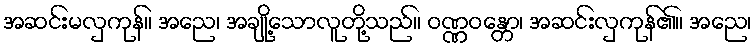
အဆင်းမလှကုန်။ အညေ၊ အချို့သောလူတို့သည်။ ဝဏ္ဏဝန္တော၊ အဆင်းလှကုန်၏။ အညေ၊